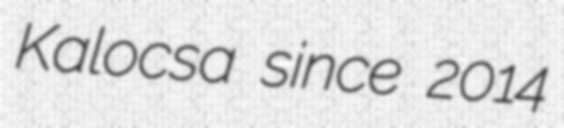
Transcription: Kalocsa since 2014